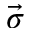
\vec { \sigma }